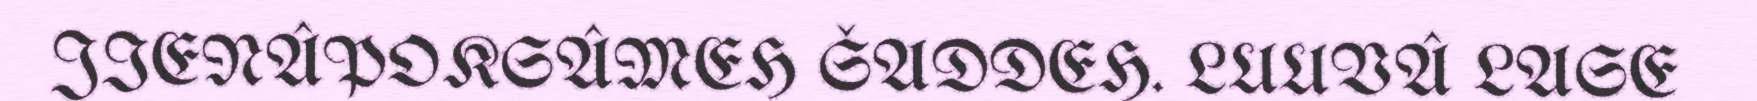
JIENÂPOKSÂMEH ŠADDEH. LUUVÂ LASE